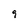
Character: 9